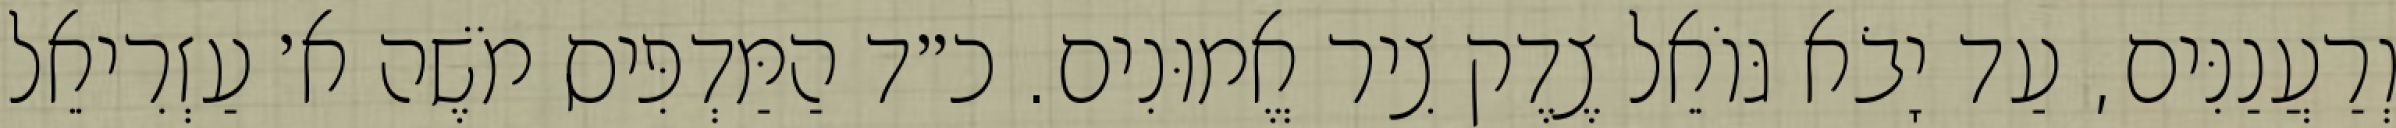
וְרַעֲנַנִּים, עַד יָבֹא גּוֹאֵל צֶדֶק צִיר אֱמוּנִים. כ״ד הַמַּדְפִּיס מֹשֶׁה א׳ עַזְרִיאֵל